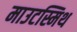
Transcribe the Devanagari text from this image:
माउटस्मिथ